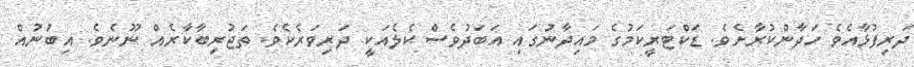
ދަރިފުޅާއެވެ ހަދާންކުރާށެވެ. ޑަކްޓަރީކަމުގެ މައިދާނުގައި އަބަދުވެސް ކެލެއަކީ ދަރިވަރެކެވެ. ތަޖުރިބާކާރެއްް ނޫނެވެ. އިބުނުއް